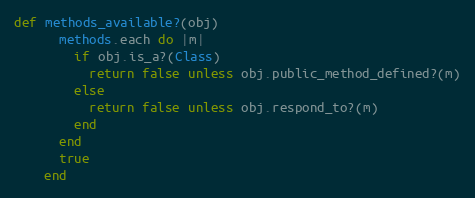
Language: Ruby
def methods_available?(obj)
      methods.each do |m|
        if obj.is_a?(Class)
          return false unless obj.public_method_defined?(m)
        else
          return false unless obj.respond_to?(m)
        end
      end
      true
    end